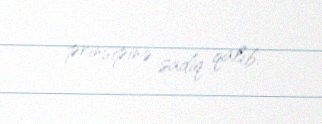
prinsipinə sadiq qalıb.